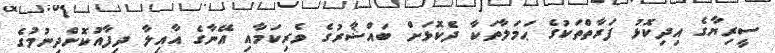
ސީރިޔާގެ އިދިކޮޅު ފަރާތްތަކުގެ ޙަމަލާތަކާ ދެކޮޅަށް ބައްޝާރުގެ ވެރިކަމާއި އޭނާގެ އާއިލާ ދިފާއުކޮށްދިނުމުގެ